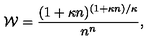
{ \cal W } = \frac { ( 1 + \kappa n ) ^ { ( 1 + \kappa n ) / \kappa } } { n ^ { n } } ,